Annual administration report of the Civil Veterinary Department of India - 1894-1895
Year: 1894
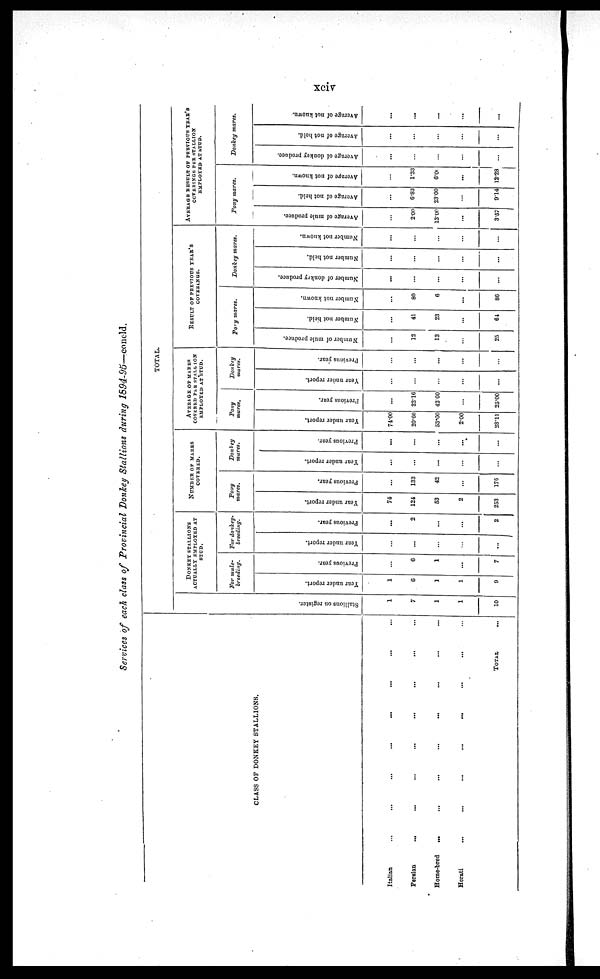
xciv
Services of each class of Provincial Donkey Stallions during 1894-95—coneld.
CLASS OF DONKEY STALLIONS.
Italian
Persian
Home-bred
Herati
...
...
...
...
...
...
...
...
...
...
...
...
...
...
...
...
...
...
...
...
...
...
...
...
...
...
...
...
TOTAL
...
...
...
...
...
TOTAL.
St al l
i
ons on register.
1
7
1
1
10
DONKEY
STALLION'S
ACTUALLY EMPLOYED AT
STUD.
For mule¬
breeding.
Year under report.
1
6
1
1
9
Previous year.
...
6
1
...
7
For donkey¬
breeding.
Year under report.
...
...
...
...
...
Previous year.
...
2
...
...
2
NUMBER OF MARES
COVERED.
Pony
mares.
Year under report.
74
124
53
2
253
Previous year.
...
133
42
...
175
Donkey
mares.
Year under report.
...
...
...
...
...
Previous year.
...
...
...
...
...
AVERAGE OF MARES
COVERED PER STALLION
EMPLOYED AT STUD.
Pony
mares.
Year under report.
74.00
20.66
53.00
2.00
28.11
Previous year.
...
22.16
42.00
...
25.00
Donkey
mares.
Year under report.
...
...
...
...
...
Previous year.
...
...
...
...
...
RESULT OF PREVIOUS YEAR'S
COVERINGS.
Pory mares.
Number of mule produce.
...
12
13
...
25
Number not held.
...
41
23
...
64
Number not known.
...
80
6
...
86
Donkey mares.
Number of donkey produce.
...
...
...
...
...
Number not held.
...
...
...
...
...
Number not known.
...
...
...
...
...
AVERAGE RESULT OF PREVIOUS YEAR'S
COVERINGS PER STALLION
EMPLOYED AT STUD.
Pony mares.
Average of mule produce.
...
2.00
13.00
...
3.57
Average of not held.
...
6.83
23.00
...
9.14
Average
of not known.
...
1.33
6.00
...
12.28
Donkey mares.
Average of donkey produce.
...
...
...
...
...
Average of not held.
...
...
...
...
...
Average of not known.
...
...
...
...
...